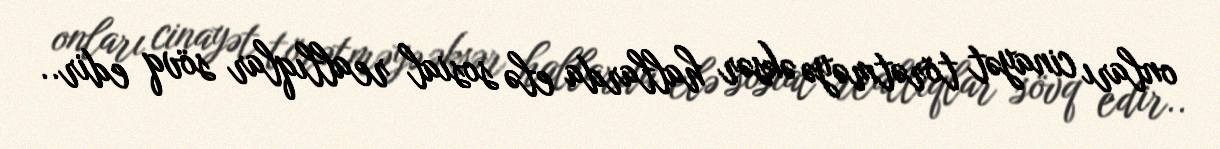
onları cinayət törətməyə əksər hallarda elə sosial reallıqlar sövq edir..